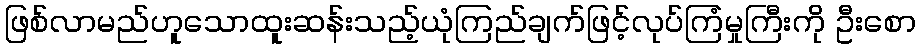
ဖြစ်လာမည်ဟူသောထူးဆန်းသည့်ယုံကြည်ချက်ဖြင့်လုပ်ကြံမှုကြီးကို ဦးစော